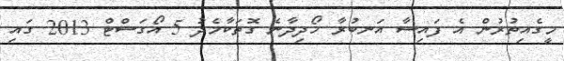
މީގެއިތުރުން އެ ފައިސާ އަނބުރާ ހޯދިދާނެ ގޮތަކާމެދު 5 އޯގަސްޓް 2013 ގައި